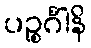
ပဉ္စင်္ဂါနိ